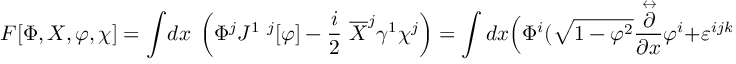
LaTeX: F [ \Phi , X , \varphi , \chi ] = \int \! d x \; \left( \Phi ^ { j } J ^ { 1 ~ j } [ \varphi ] - \frac i 2 ~ \overline { { X } } ^ { j } \gamma ^ { 1 } \chi ^ { j } \right) = \int d x \Bigl ( \Phi ^ { i } ( \sqrt { 1 - { \varphi } ^ { 2 } } \frac { \stackrel { \leftrightarrow } { \partial } } { \partial x } \varphi ^ { i } + \varepsilon ^ { i j k } \varphi ^ { j } \frac \partial { \partial x } \varphi ^ { k } ) - \frac i 2 \overline { { X } } ^ { j } \gamma ^ { 1 } \chi ^ { j } \Bigr ) ~ .